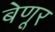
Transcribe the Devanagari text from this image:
बेणूर